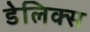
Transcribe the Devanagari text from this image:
डेलिक्स